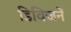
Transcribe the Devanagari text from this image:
डिविजनें